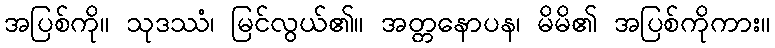
အပြစ်ကို။ သုဒဿံ၊ မြင်လွယ်၏။ အတ္တနောပန၊ မိမိ၏ အပြစ်ကိုကား။